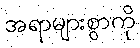
အရာများစွာကို